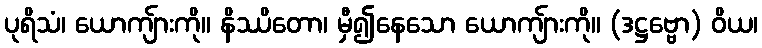
ပုရိသံ၊ ယောကျ်ားကို။ နိဿိတော၊ မှီ၍နေသော ယောကျ်ားကို။ (ဒဋ္ဌဗ္ဗော) ဝိယ၊